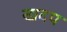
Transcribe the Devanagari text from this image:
खदप